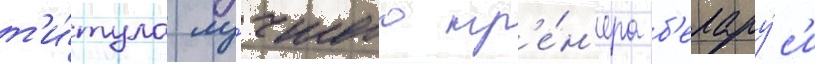
т'и́тула лу́чшего тр'е́н'ера б'елару́с'и